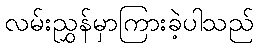
လမ်းညွှန်မှာကြားခဲ့ပါသည်